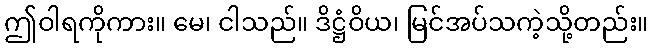
ဤဝါရကိုကား။ မေ၊ ငါသည်။ ဒိဋ္ဌံဝိယ၊ မြင်အပ်သကဲ့သို့တည်း။